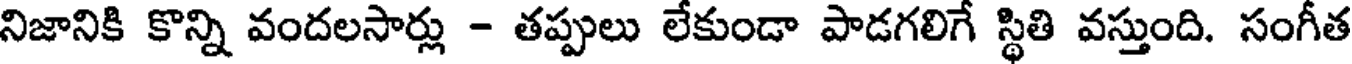
నిజానికి కొన్ని వందలసార్లు - తప్పులు లేకుండా పాడగలిగే స్థితి వస్తుంది. సంగీత